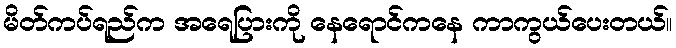
မိတ်ကပ်ရည်က အရေပြားကို နေရောင်ကနေ ကာကွယ်ပေးတယ်။